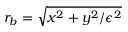
r _ { b } = \sqrt { x ^ { 2 } + y ^ { 2 } / \epsilon ^ { 2 } }